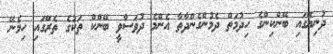
ދުނިޔޭގައި ބޭންކިންގެ ހިދުމަތް ދެމުންގެންދާތާ އެންމެ ދުވަސްވީ ބޭންކް ތަކުގެ ތެރޭގައި ހިމެނޭ